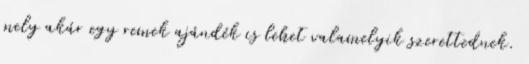
mely akár egy remek ajándék is lehet valamelyik szerettednek.